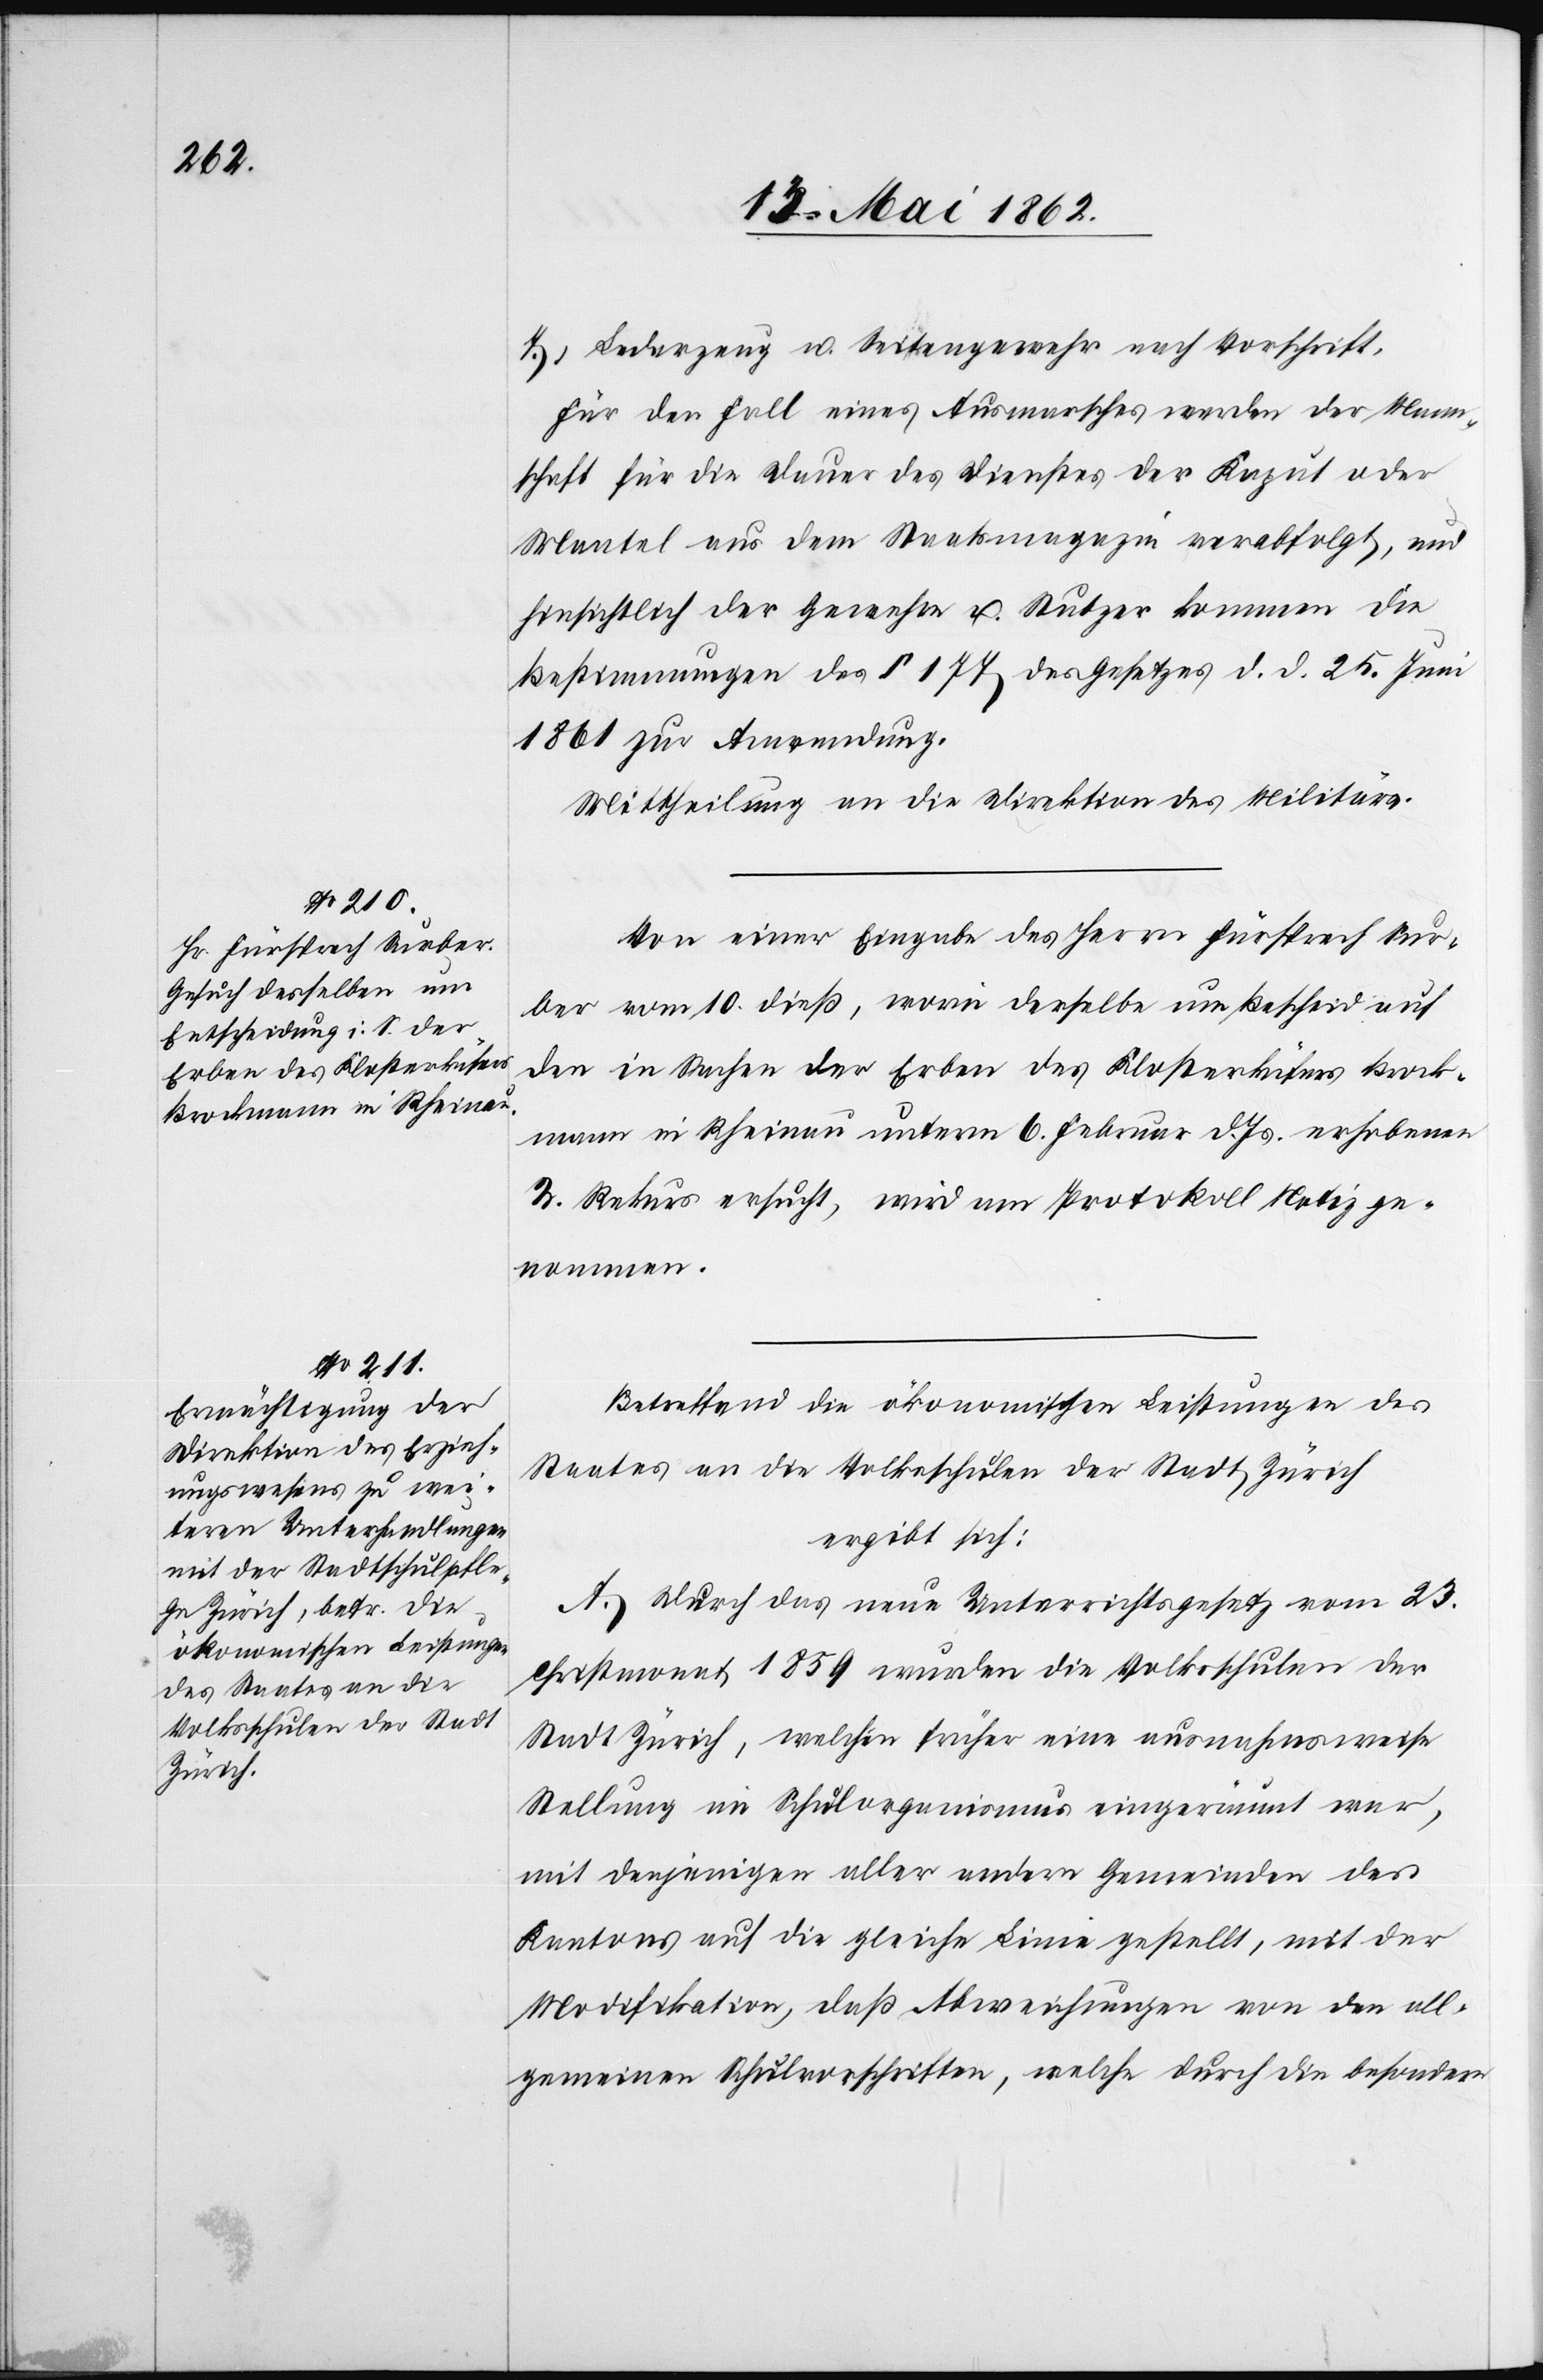
7. Lederzeug u. Seitengewehr nach Vorschrift.
für den Fall eines Ausmarsches werden der Mann¬
schaft für die Dauer des Dienstes der Kaput oder
Mantel aus dem Staatsmagazin verabfolgt, und
hinsichtlich der Gewehre u. Stutzer kommen die
Bestimmungen des § 177 des Gesetzes d. d. 25. Juni
1861 zur Anwendung.
Mittheilung an die Direktion des Militärs.
Von einer Eingabe des Herrn Fürsprech Sur¬
ber vom 10. dieß, worin derselbe um Bescheid auf
den in Sachen der Erben des Klosterküfers Brock¬
mann in Rheinau unterm 6. Februar d. Js. erhobenen
2. Rekurs ersucht, wird am Protokoll Notiz ge¬
nommen.
Betreffend die ökonomischen Leistungen des
Staates an die Volksschulen der Stadt Zürich
ergibt sich:
A. Durch das neue Unterrichtsgesetz vom 23.
Christmonat 1859 wurden die Volksschulen der
Stadt Zürich, welchen früher eine ausnahmsweise
Stellung im Schulorganismus eingeräumt war,
mit denjenigen aller andern Gemeinden des
Kantons auf die gleiche Linie gestellt, mit der
Modifikation, daß Abweichungen von den all¬
gemeinen Schulvorschriften, welche durch die besondern